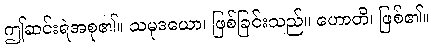
ဤဆင်းရဲအစု၏။ သမုဒယော၊ ဖြစ်ခြင်းသည်။ ဟောတိ၊ ဖြစ်၏။